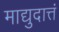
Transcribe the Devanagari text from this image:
माद्युदात्तं